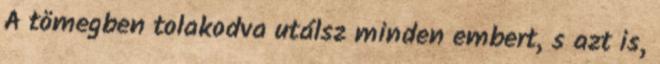
A tömegben tolakodva utálsz minden embert, s azt is,